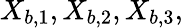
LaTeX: X_{b,1},X_{b,2},X_{b,3},